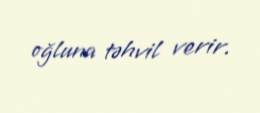
oğluna təhvil verir.